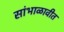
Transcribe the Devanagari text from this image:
सांभाळावीत